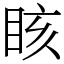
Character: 䀭